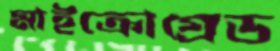
মাইক্রোগ্রেড